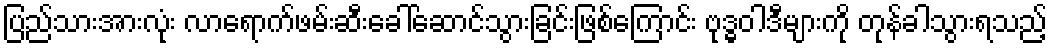
ပြည်သားအားလုံး လာရောက်ဖမ်းဆီးခေါ်ဆောင်သွားခြင်းဖြစ်ကြောင်း ဗုဒ္ဓဝါဒီများကို တုန်ခါသွားရသည့်